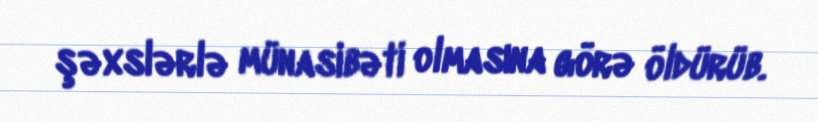
şəxslərlə münasibəti olmasına görə öldürüb.